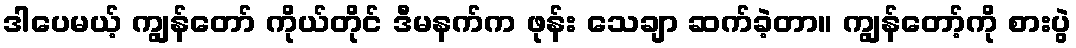
ဒါပေမယ့် ကျွန်တော် ကိုယ်တိုင် ဒီမနက်က ဖုန်း သေချာ ဆက်ခဲ့တာ။ ကျွန်တော့်ကို စားပွဲ